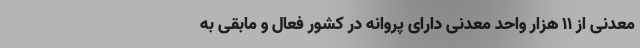
معدنی از ۱۱ هزار واحد معدنی دارای پروانه در کشور فعال و مابقی به